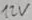
Text: 12V